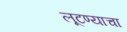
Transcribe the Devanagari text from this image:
लूटण्याचा